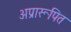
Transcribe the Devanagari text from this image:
अप्रारूपित